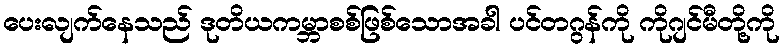
ပေးလျက်နေသည် ဒုတိယကမ္ဘာစစ်ဖြစ်သောအခါ ပင်တဂွန်ကို ကိုဂျင်မီတို့ကို